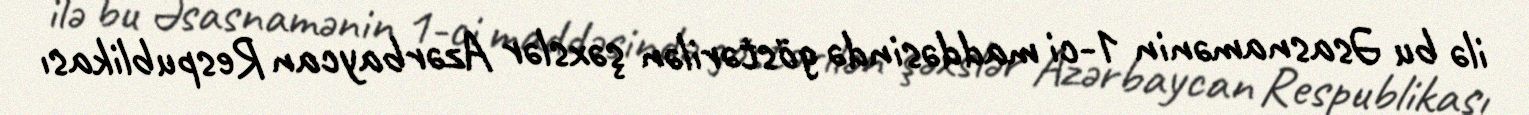
ilə bu Əsasnamənin 1-ci maddəsində göstərilən şəxslər Azərbaycan Respublikası